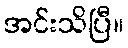
အင်းသိပြီ။